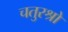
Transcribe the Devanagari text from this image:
चतुरश्रो